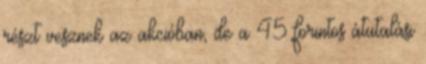
részt vesznek az akcióban, de a 45 forintos átutalási